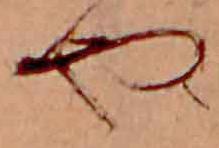
や